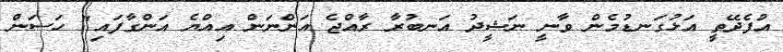
އުފެދޭތީ އަޅުގަނޑުމެން ވާނީ ނަޝީދު އަނބުރާ ރާއްޖެ އަންނަން އިއްޔެ އަންގާފައި" ހަސަން